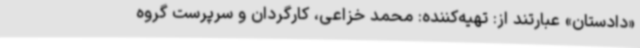
«دادستان» عبارتند از: تهیه‌کننده: محمد خزاعی، کارگردان و سرپرست گروه